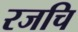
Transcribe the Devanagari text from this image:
रजचि